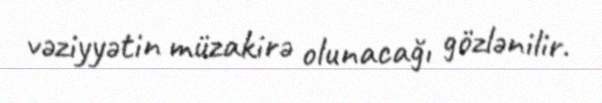
vəziyyətin müzakirə olunacağı gözlənilir.